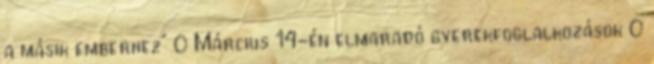
a másik emberhez” 0 Március 14-én elmaradó gyerekfoglalkozások 0